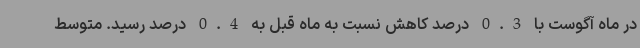
در ماه آگوست با 0.3 درصد کاهش نسبت به ماه قبل به 0.4 درصد رسید. متوسط